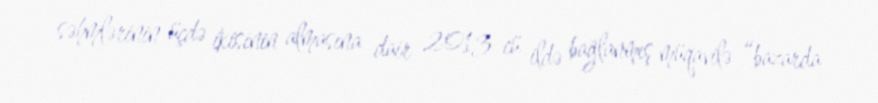
səhmlərinin üçdə ikisinin almasına dair 2013-cü ildə bağlanmış müqavilə “bazarda